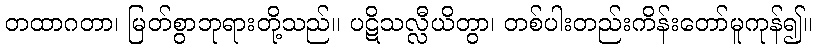
တထာဂတာ၊ မြတ်စွာဘုရားတို့သည်။ ပဋိသလ္လီယိတွာ၊ တစ်ပါးတည်းကိန်းတော်မူကုန်၍။